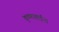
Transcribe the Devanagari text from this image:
कृष्णाबाईंना